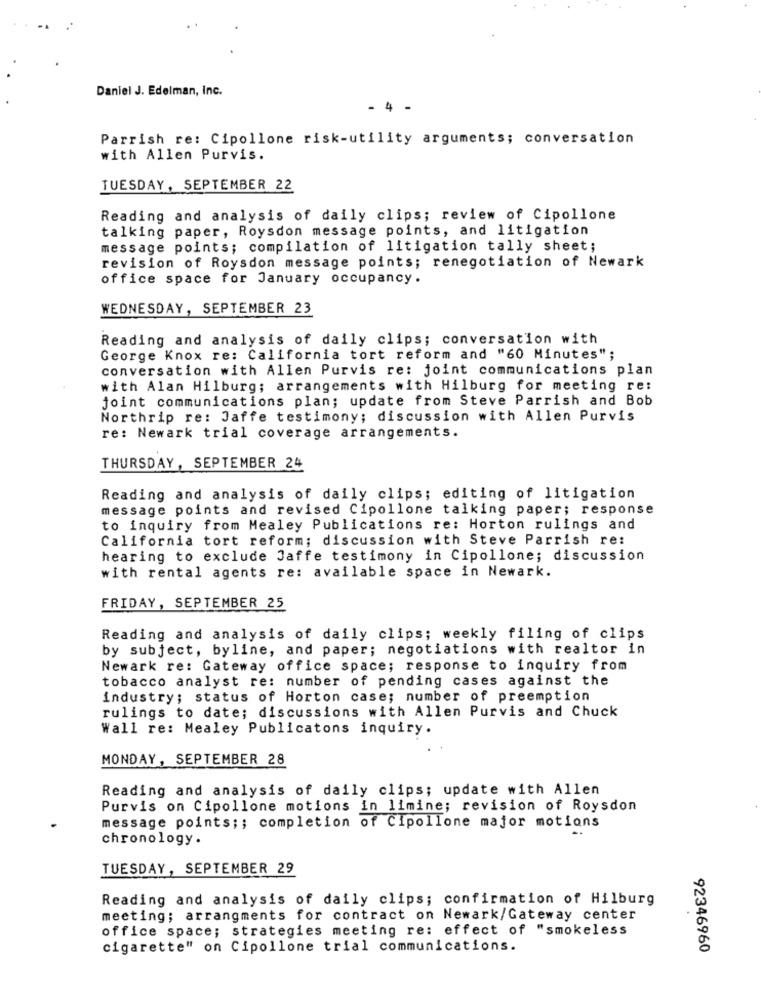
Daniel J. Edelman, Inc.
- 4 -
Parrish re: Cipollone risk-utility arguments; conversation
with Allen Purvis.
TUESDAY, SEPTEMBER 22
Reading and analysis of daily clips; review of Cipollone
talking paper, Roysdon message points, and litigation
message points; compilation of litigation tally sheet;
revision of Roysdon message points; renegotiation of Newark
office space for January occupancy.
WEDNESDAY, SEPTEMBER 23
Reading and analysis of daily clips; conversation with
George Knox re: California tort reform and "60 Minutes";
conversation with Allen Purvis re: joint communications plan
with Alan Hilburg; arrangements with Hilburg for meeting re:
joint communications plan; update from Steve Parrish and Bob
Northrip re: Jaffe testimony; discussion with Allen Purvis
re: Newark trial coverage arrangements.
THURSDAY, SEPTEMBER 24
Reading and analysis of daily clips; editing of litigation
message points and revised Cipollone talking paper; response
to inquiry from Mealey Publications re: Horton rulings and
California tort reform; discussion with Steve Parrish re:
hearing to exclude Jaffe testimony in Cipollone; discussion
with rental agents re: available space in Newark.
FRIDAY, SEPTEMBER 25
Reading and analysis of daily clips; weekly filing of clips
by subject, byline, and paper; negotiations with realtor in
Newark re: Gateway office space; response to inquiry from
tobacco analyst re: number of pending cases against the
industry; status of Horton case; number of preemption
rulings to date; discussions with Allen Purvis and Chuck
Wall re: Mealey Publicatons inquiry.
MONDAY, SEPTEMBER 28
Reading and analysis of daily clips; update with Allen
Purvis on Cipollone motions in limine; revision of Roysdon
message points ;; completion of Cipollone major motions
chronology.
TUESDAY, SEPTEMBER 29
Reading and analysis of daily clips; confirmation of Hilburg
meeting; arrangments for contract on Newark/Gateway center
office space; strategies meeting re: effect of "smokeless
cigarette" on Cipollone trial communications.
92346960